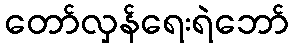
တော်လှန်ရေးရဲဘော်